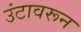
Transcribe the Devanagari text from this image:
उंटावरून